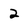
Character: 2